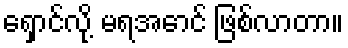
ရှောင်လို့ မရအောင် ဖြစ်လာတာ။